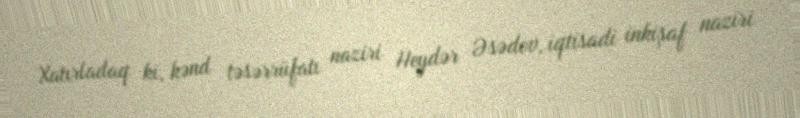
Xatırladaq ki, kənd təsərrüfatı naziri Heydər Əsədov, iqtisadi inkişaf naziri